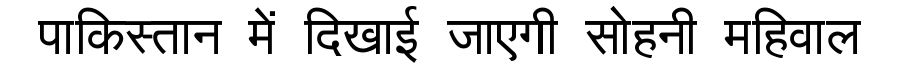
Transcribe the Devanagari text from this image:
पाकिस्तान में दिखाई जाएगी सोहनी महिवाल